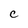
Character: C